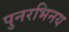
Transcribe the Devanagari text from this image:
पुनरभिनय